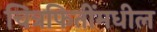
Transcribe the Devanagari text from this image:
चित्रफितींमधील